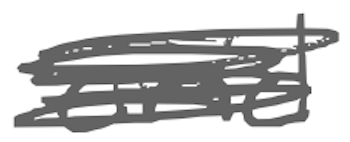
Text: and
Cross-out: scratch
Writing tool: digital_gray